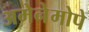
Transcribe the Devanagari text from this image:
अमेनेमोपे